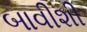
બાવીશી